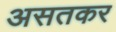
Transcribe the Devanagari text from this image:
असतकर